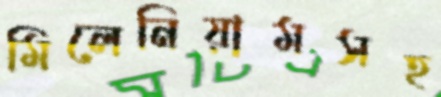
মিলেনিয়ামসহ